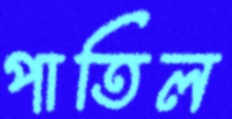
পাতিল